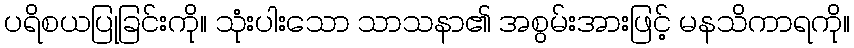
ပရိစယပြုခြင်းကို။ သုံးပါးသော သာသနာ၏ အစွမ်းအားဖြင့် မနသိကာရကို။